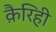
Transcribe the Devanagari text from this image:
क़ैरिही